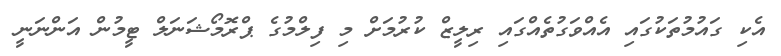
އެކި ގައުމުތަކުގައި އެއްވަގުތެއްގައި ރިލީޒް ކުރުމަށް މި ފިލްމުގެ ޕްރޮމޯޝަނަލް ޓީމުން އަންނަނީ